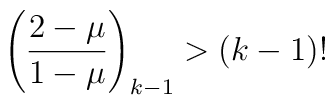
\left(\frac{2-\mu}{1-\mu}\right)_{k-1} > (k-1)!